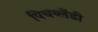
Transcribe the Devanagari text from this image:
पिचब्लेंडी